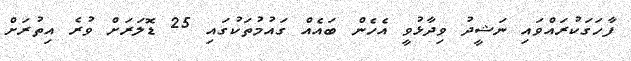
ފާހަގަކުރައްވައި ނަޝީދު ވިދާޅުވީ އެހެން ބައެއް ގައުމުތަކުގައި 25 ޑޮލަރަށް ވުރެ އިތުރަށް